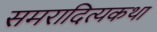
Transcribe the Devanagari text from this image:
समरादित्यकथा